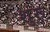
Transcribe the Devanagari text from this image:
शुंरू